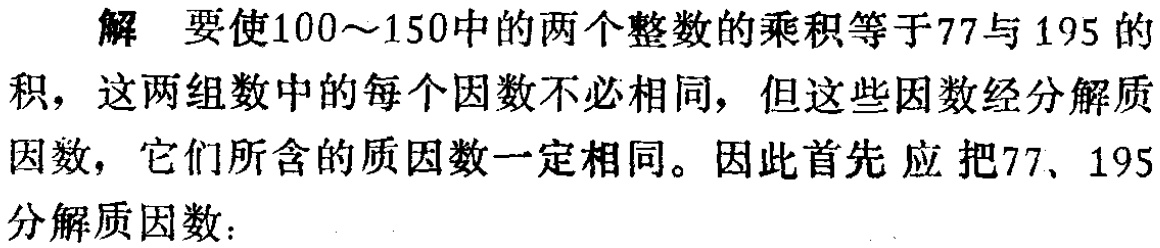
解 要使\(100\sim150\)中的两个整数的乘积等于\(77\)与\(195\)的积，这两组数中的每个因数不必相同，但这些因数经分解质因数，它们所含的质因数一定相同。因此首先应把\(77\)、\(195\)分解质因数：